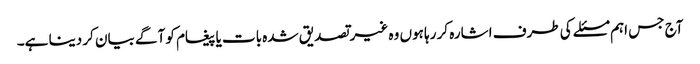
آج جس اہم مسئلے کی طرف اشارہ کر رہا ہوں وہ غیر تصدیق شدہ بات یا پیغام کو آگے بیان کر دینا ہے۔